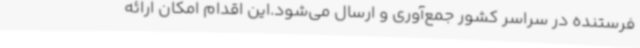
فرستنده در سراسر کشور جمع‌آوری و ارسال می‌شود.این اقدام امکان ارائه